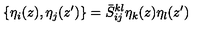
\{ \eta _ { i } ( z ) , \eta _ { j } ( z ^ { \prime } ) \} = \bar { S } _ { i j } ^ { k l } \eta _ { k } ( z ) \eta _ { l } ( z ^ { \prime } )